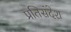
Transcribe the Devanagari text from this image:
प्रतिसंदेश